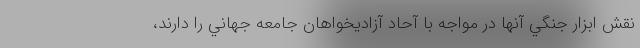
نقش ابزار جنگي آنها در مواجه با آحاد آزاديخواهان جامعه جهاني را دارند،